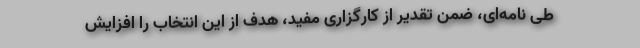
طی نامه‌ای، ضمن تقدیر از کارگزاری مفید، هدف از این انتخاب را افزایش